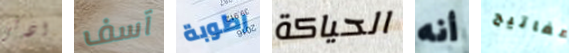
اذكى آسف رطوبة الحياكة أنه مفاتيح